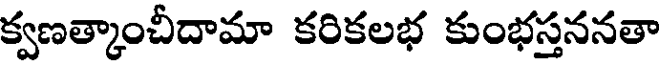
క్వణత్కాంచీదామా కరికలభ కుంభస్తననతా